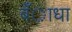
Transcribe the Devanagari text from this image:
बँाधा